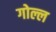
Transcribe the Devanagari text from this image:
गोल्ल